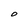
Character: O